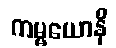
ကမ္မယောနိ